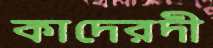
কাদেরদী